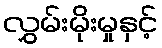
လွှမ်းမိုးမှုနှင့်